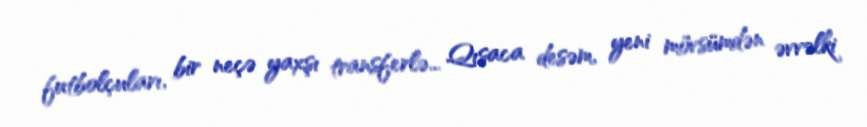
futbolçuları, bir neçə yaxşı transferlə... Qısaca desəm, yeni mövsümdən əvvəlki